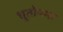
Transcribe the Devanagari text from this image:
भूतोपमा